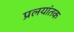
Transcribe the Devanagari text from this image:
प्रलयांतक